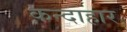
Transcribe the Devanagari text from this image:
क़न्दाहार